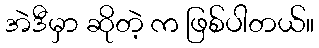
အဲဒီမှာ ဆိုတဲ့ က ဖြစ်ပါတယ်။